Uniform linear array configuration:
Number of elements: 12
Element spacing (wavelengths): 0.75
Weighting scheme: binomial
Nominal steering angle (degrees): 45
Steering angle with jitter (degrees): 46.912
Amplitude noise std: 0.05
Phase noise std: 0.05

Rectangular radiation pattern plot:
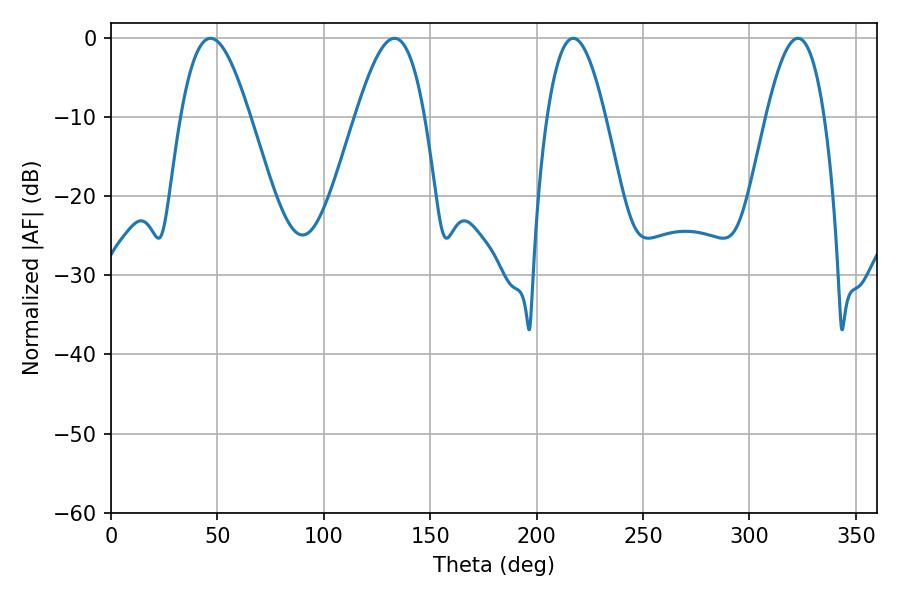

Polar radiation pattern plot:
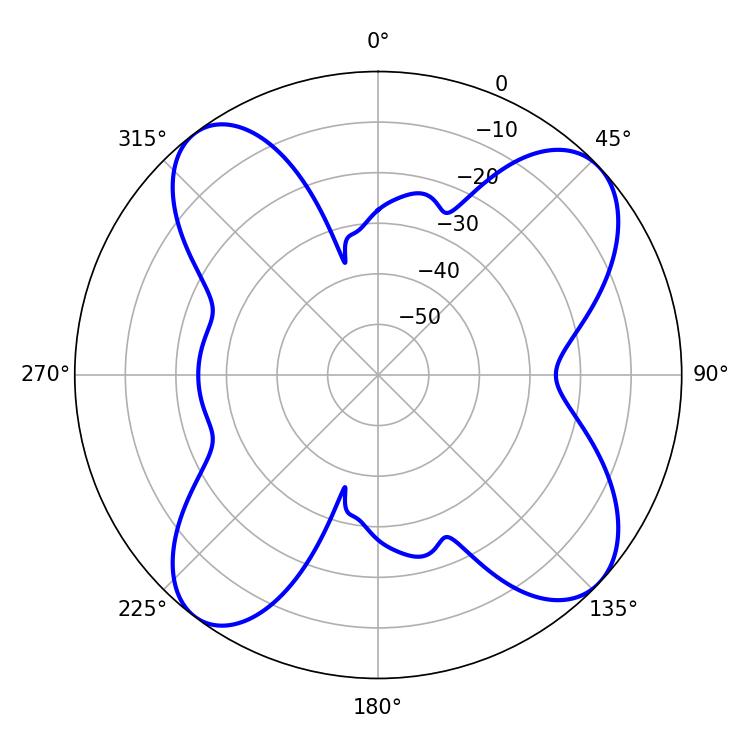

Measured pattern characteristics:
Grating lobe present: TRUE
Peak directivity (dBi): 11.317
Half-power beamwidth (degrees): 17.46
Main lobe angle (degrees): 46.8